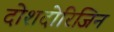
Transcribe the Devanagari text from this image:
दोशदोरिजिन